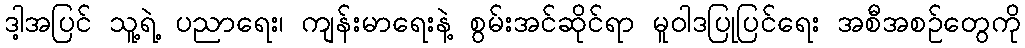
ဒါ့အပြင် သူ့ရဲ့ ပညာရေး၊ ကျန်းမာရေးနဲ့ စွမ်းအင်ဆိုင်ရာ မူဝါဒပြုပြင်ရေး အစီအစဉ်တွေကို